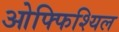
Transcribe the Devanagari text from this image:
ओफ्फिश्यिल